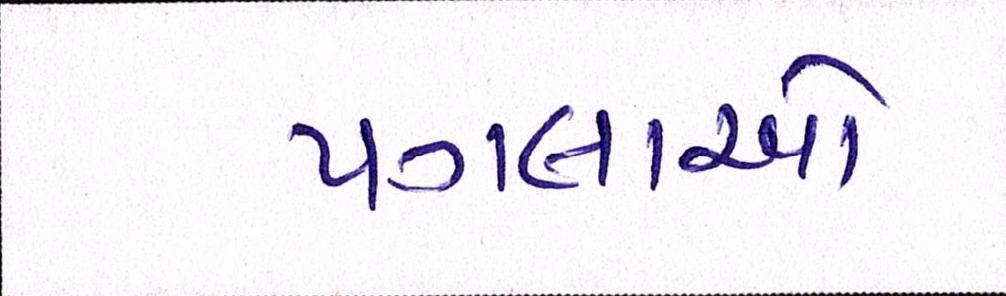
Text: પગલાઓ